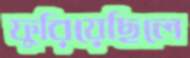
ফুরিয়েছিলে